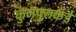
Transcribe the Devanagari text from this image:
कुंजपुराकडे